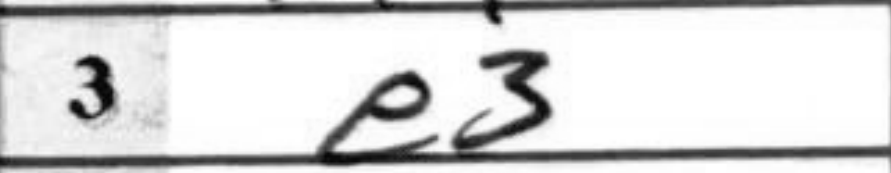
Transcription: e3